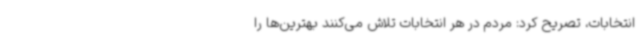
انتخابات، تصریح کرد: مردم در هر انتخابات تلاش می‌کنند بهترین‌ها را